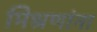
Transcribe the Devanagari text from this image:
मिश्रणांना